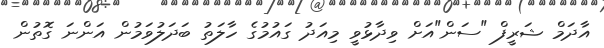
އާދަމް ޝަރީފް "ސަން"އަށް ވިދާޅުވީ މިއަދު ގައުމުގެ ހާލަތު ބަދަލުވަމުން އަންނަ ގޮތުން